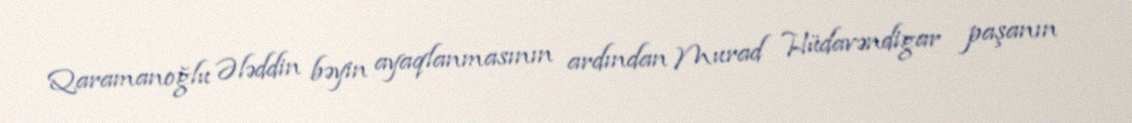
Qaramanoğlu Ələddin bəyin ayaqlanmasının ardından Murad Hüdavəndigar paşanın